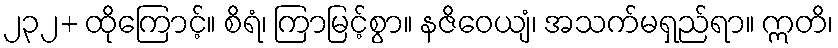
၂၃၂+ ထိုကြောင့်။ စိရံ၊ ကြာမြင့်စွာ။ နဇိဝေယျံ၊ အသက်မရှည်ရာ။ ဣတိ၊